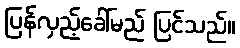
ပြန်လှည့်ခေါ်မည် ပြင်သည်။